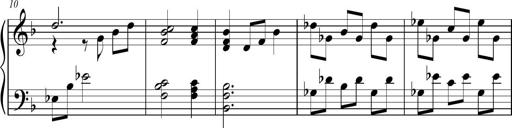
Title: Sonatina para Piano No.1
Composer: Vazel Merenzeine
Key: F major